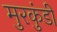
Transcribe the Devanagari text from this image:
मुरकुंडी